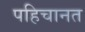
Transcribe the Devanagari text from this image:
पहिचानत